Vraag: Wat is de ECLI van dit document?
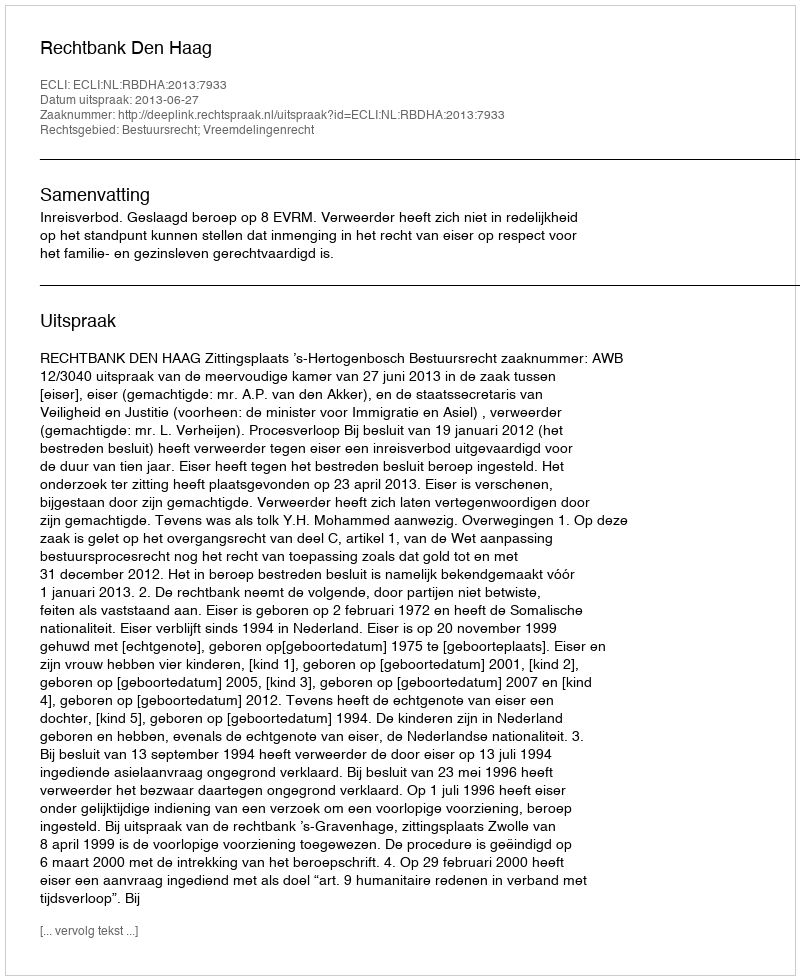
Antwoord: ECLI:NL:RBDHA:2013:7933